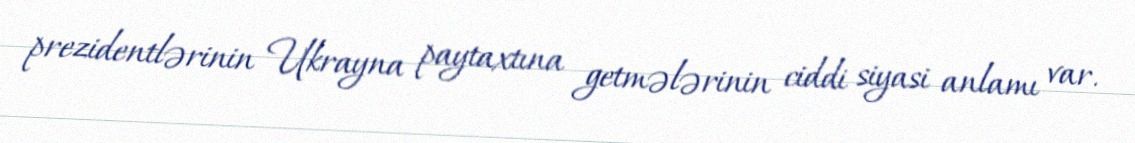
prezidentlərinin Ukrayna paytaxtına getmələrinin ciddi siyasi anlamı var.